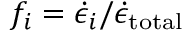
f _ { i } = \dot { \epsilon } _ { i } / \dot { \epsilon } _ { \mathrm { t o t a l } }